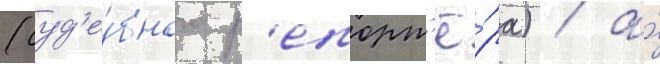
(суд'е́бного р'епорт'ё́ра) / а́